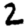
Digit: 2